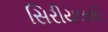
સિરીયલથી